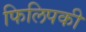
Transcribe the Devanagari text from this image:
फिलिपकी